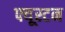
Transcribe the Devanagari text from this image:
फ्यूस्टन